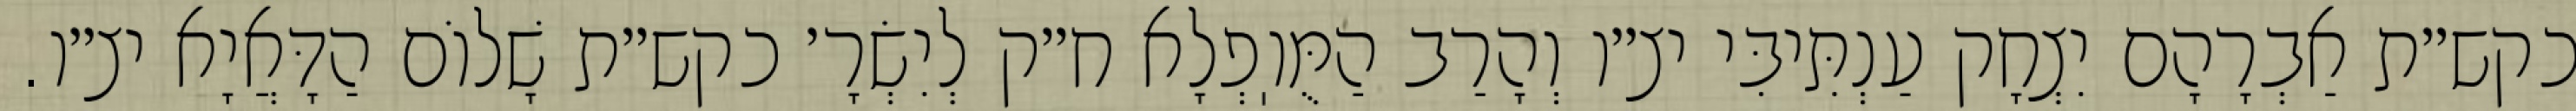
כקש״ת אַבְרָהָם יִצְחָק עַנְתִּיבִּי יצ״ו וְהָרַב הַמֻּוֽפְלָא ח״ק לְיִשְׂרָ׳ כקש״ת שָׁלוֹם הַדָּאֲיָא יצ״ו.